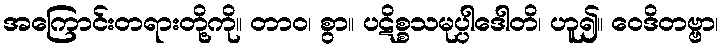
အကြောင်းတရားတို့ကို။ တာဝ၊ စွာ။ ပဋိစ္စသမုပ္ပါဒေါတိ၊ ဟူ၍။ ဝေဒိတဗ္ဗာ၊